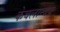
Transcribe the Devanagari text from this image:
केवलान्वय